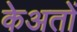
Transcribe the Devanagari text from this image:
केअतों